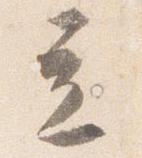
立